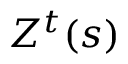
Z ^ { t } ( s )